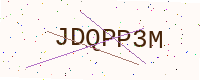
Text: JDQPP3M